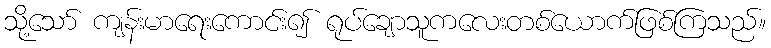
သို့သော် ကျန်းမာရေးကောင်း၍ ရုပ်ချောသူကလေးတစ်ယောက်ဖြစ်ကြသည်။